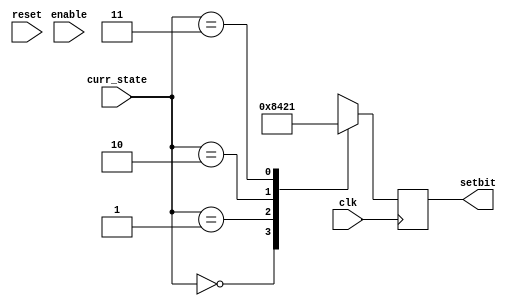
module timer1(enable,clk,reset,setbit,curr_state);

  input enable,clk,reset;
  input [1:0] curr_state;
  wire d0,d1;
  reg [1:0] q;

  output reg [3:0] setbit;
  
  assign d0 = ~q[0];
  assign d1 = q[0]^q[1];
	
  always@(posedge clk or negedge reset) begin
    if(~reset) begin
      q = 2'b00;
	end
	else begin
      if(enable) begin
           q[0] = d0;
           q[1] = d1;
	  end
      else begin
        q[0] = 1'b0;
        q[1] = 1'b0;
      end
    end
  end
  
  always@(posedge clk) begin
    case (curr_state)
      2'b00:setbit = 4'h8;
      2'b01:setbit = 4'h4;
      2'b10:setbit = 4'h2;
      2'b11:setbit = 4'h1;
    endcase
  end
/*  
  always@(posedge clk) begin
    if(q[0] & q[1]) begin
      setbit = 4'b1000;
    end
    else begin
      setbit = 4'b0000;
    end
  end
*/
endmodule